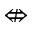
\nLeftrightarrow